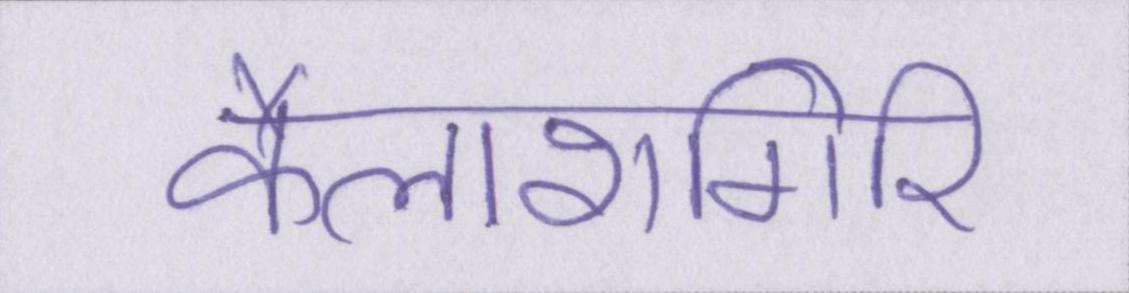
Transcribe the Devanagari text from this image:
कैलाशगिरि